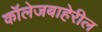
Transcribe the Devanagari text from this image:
कॉलेजबाहेरील